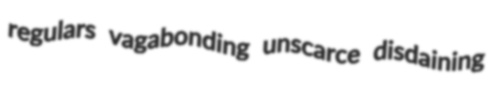
regulars vagabonding unscarce disdaining